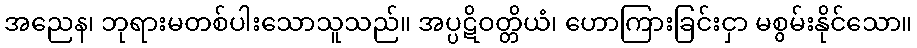
အညေန၊ ဘုရားမတစ်ပါးသောသူသည်။ အပ္ပဋိဝတ္တိယံ၊ ဟောကြားခြင်းငှာ မစွမ်းနိုင်သော။